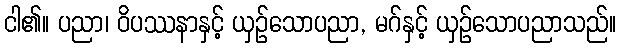
ငါ၏။ ပညာ၊ ဝိပဿနာနှင့် ယှဉ်သောပညာ, မဂ်နှင့် ယှဉ်သောပညာသည်။